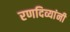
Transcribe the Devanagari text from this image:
रणदिव्यांनी